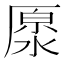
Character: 𠪥